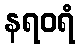
နရဝရံ